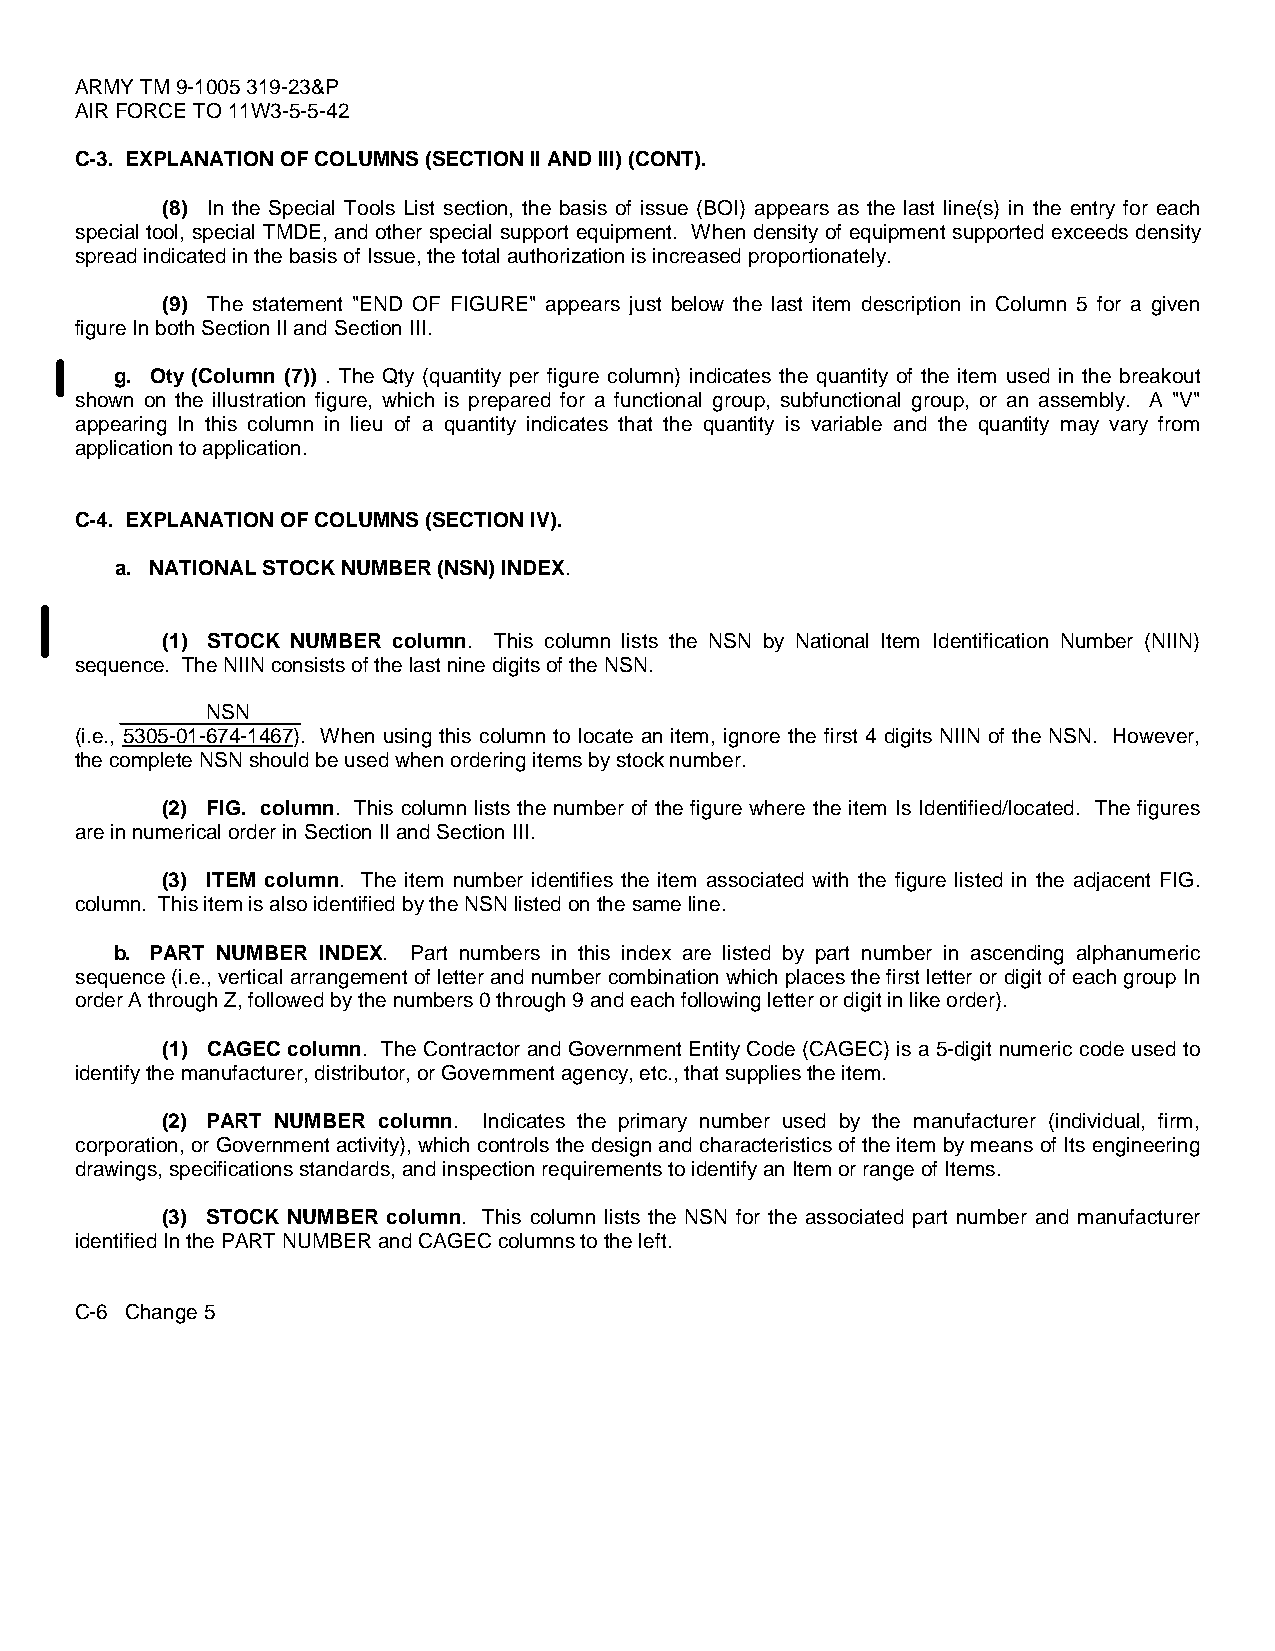
ARMY TM 9-1005 319-23&P
 AIR FORCE TO 11W3-5-5-42
 C-3. EXPLANATION OF COLUMNS (SECTION II AND III) (CONT).
 (8) In the Special Tools List section, the basis of issue (BOI) appears as the last line(s) in the entry for each
 special tool, special TMDE, and other special support equipment. When density of equipment supported exceeds density
 spread indicated in the basis of Issue, the total authorization is increased proportionately.
 (9) The statement "END OF FIGURE" appears just below the last item description in Column 5 for a given
 figure In both Section II and Section III.
 g. Oty (Column (7)) . The Qty (quantity per figure column) indicates the quantity of the item used in the breakout
 shown on the illustration figure, which is prepared for a functional group, subfunctional group, or an assembly. A "V"
 appearing In this column in lieu of a quantity indicates that the quantity is variable and the quantity may vary from
 application to application.
 C-4. EXPLANATION OF COLUMNS (SECTION IV).
 a. NATIONAL STOCK NUMBER (NSN) INDEX.
 (1) STOCK NUMBER column. This column lists the NSN by National Item Identification Number (NIIN)
 sequence. The NIIN consists of the last nine digits of the NSN.
 NSN
 (i.e., 5305-01-674-1467). When using this column to locate an item, ignore the first 4 digits NIIN of the NSN. However,
 the complete NSN should be used when ordering items by stock number.
 (2) FIG. column. This column lists the number of the figure where the item Is Identified/located. The figures
 are in numerical order in Section II and Section III.
 (3) ITEM column. The item number identifies the item associated with the figure listed in the adjacent FIG.
 column. This item is also identified by the NSN listed on the same line.
 b. PART NUMBER INDEX. Part numbers in this index are listed by part number in ascending alphanumeric
 sequence (i.e., vertical arrangement of letter and number combination which places the first letter or digit of each group In
 order A through Z, followed by the numbers 0 through 9 and each following letter or digit in like order).
 (1) CAGEC column. The Contractor and Government Entity Code (CAGEC) is a 5-digit numeric code used to
 identify the manufacturer, distributor, or Government agency, etc., that supplies the item.
 (2) PART NUMBER column. Indicates the primary number used by the manufacturer (individual, firm,
 corporation, or Government activity), which controls the design and characteristics of the item by means of Its engineering
 drawings, specifications standards, and inspection requirements to identify an Item or range of Items.
 (3) STOCK NUMBER column. This column lists the NSN for the associated part number and manufacturer
 identified In the PART NUMBER and CAGEC columns to the left.
 C-6 Change 5